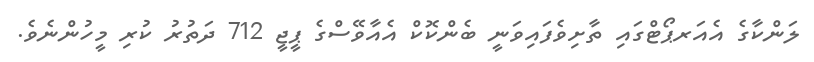
ލަންކާގެ އެއަރޕޯޓްގައި ތާށިވެފައިވަނީ ބެންކޮކް އެއާވޭސްގެ ޕީޖީ 712 ދަތުރު ކުރި މީހުންނެވެ.